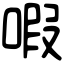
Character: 㗇